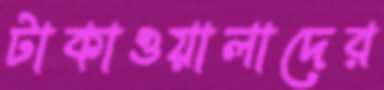
টাকাওয়ালাদের